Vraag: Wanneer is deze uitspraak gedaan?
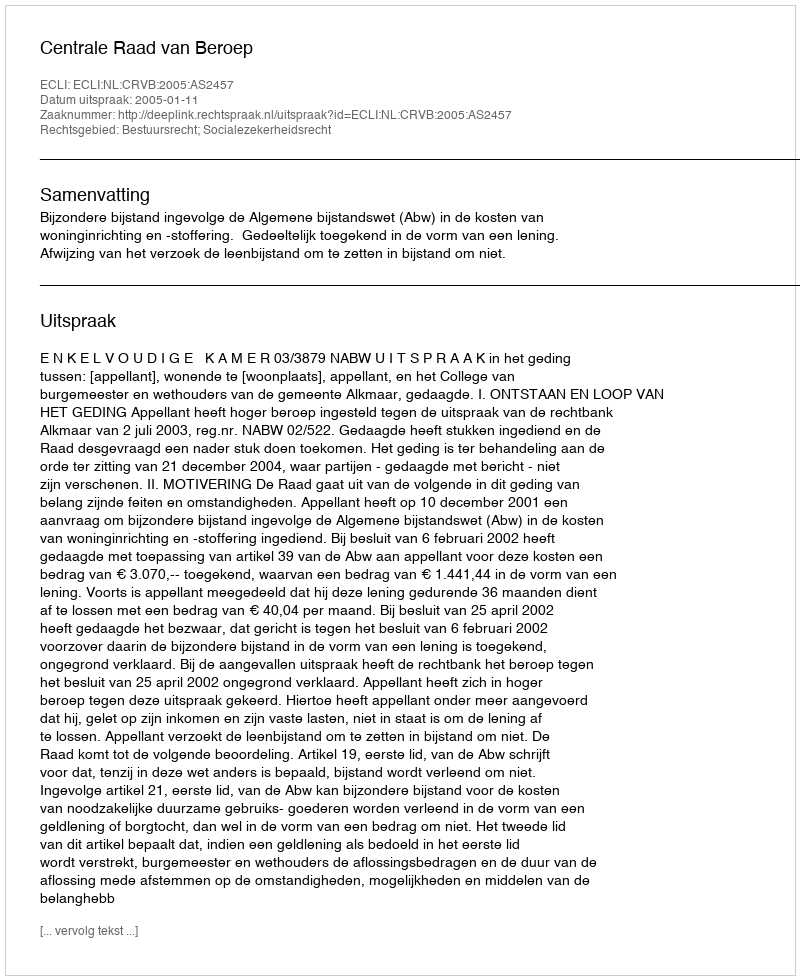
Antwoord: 2005-01-11